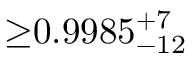
{ \geq } 0 . 9 9 8 5 _ { - 1 2 } ^ { + 7 }